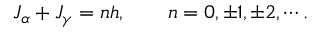
J _ { \alpha } + J _ { \gamma } = n h , \qquad n = 0 , \pm 1 , \pm 2 , \cdots .